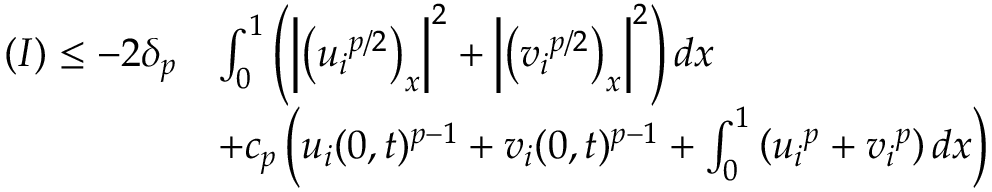
\begin{array} { r l } { ( I ) \le - 2 \delta _ { p } } & { \int _ { 0 } ^ { 1 } \left( \left| \left( { u _ { i } } ^ { p / 2 } \right) _ { x } \right| ^ { 2 } + \left| \left( { v _ { i } } ^ { p / 2 } \right) _ { x } \right| ^ { 2 } \right) d x } \\ & { + c _ { p } \left( u _ { i } ( 0 , t ) ^ { p - 1 } + v _ { i } ( 0 , t ) ^ { p - 1 } + \int _ { 0 } ^ { 1 } \left( { u _ { i } } ^ { p } + { v _ { i } } ^ { p } \right) d x \right) } \end{array}